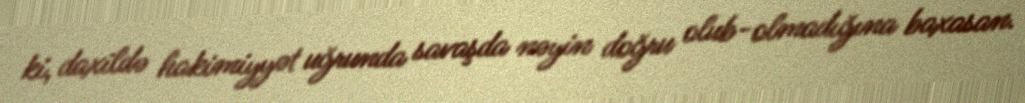
ki, daxildə hakimiyyət uğrunda savaşda nəyin doğru olub-olmadığına baxasan.